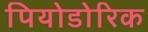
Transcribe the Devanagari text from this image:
पियोडोरिक